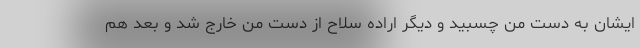
ایشان به دست من چسبید و دیگر اراده سلاح از دست من خارج شد و بعد هم